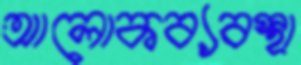
আলোকব্যবস্থা